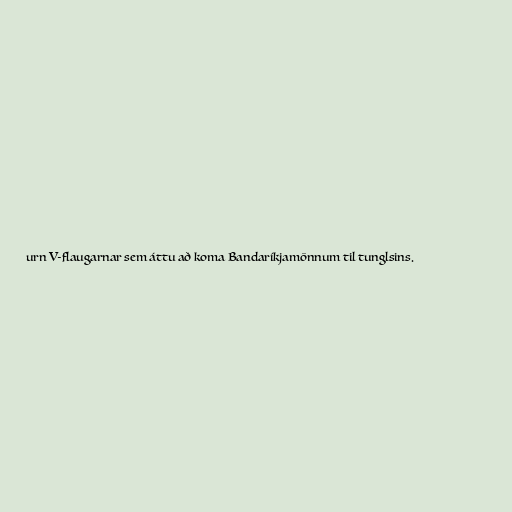
urn V-flaugarnar sem áttu að koma Bandaríkjamönnum til tunglsins.